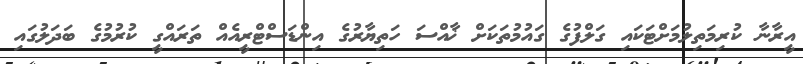
އީރާނާ ކުރިމަތިލުމަށްޓަކައި ގަލްފުގެ ގައުމުތަކަށް ޚާއްސަ ހަތިޔާރުގެ އިންޑަސްޓްރީއެއް ތަރައްގީ ކުރުމުގެ ބަދަލުގައި